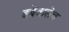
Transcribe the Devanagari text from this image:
डबेवालेच